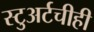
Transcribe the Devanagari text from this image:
स्टुअर्टचीही